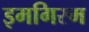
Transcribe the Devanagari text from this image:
इमगिस्म